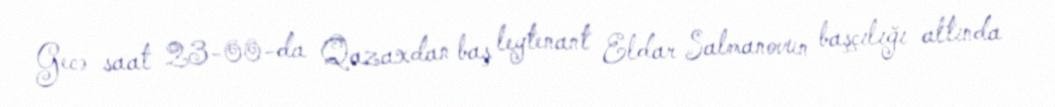
Gecə saat 23-00-da Qazaxdan baş leytenant Eldar Salmanovun başçılığı altında